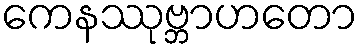
ကေနဿုဗ္ဘာဟတော